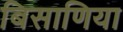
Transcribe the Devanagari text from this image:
बिसाणिया